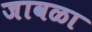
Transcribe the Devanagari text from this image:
जावळा